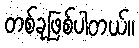
တစ်ခုဖြစ်ပါတယ်။